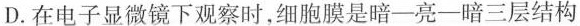
D.在电子显微镜下观察时，细胞膜是暗一亮一暗三层结构